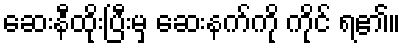
ဆေးနီထိုးပြီးမှ ဆေးနက်ကို ကိုင် ရ၏။